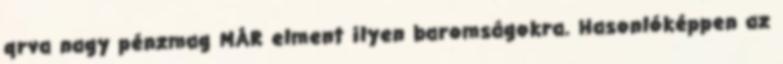
qrva nagy pénzmag MÁR elment ilyen baromságokra. Hasonlóképpen az